Scottish Certificate of Education, 1962
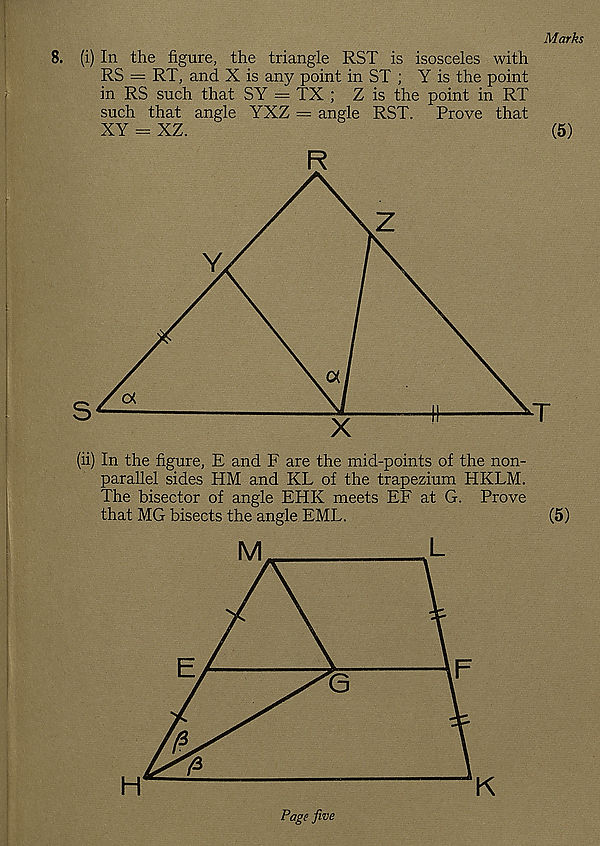
Marks
8. (i) In the figure, the triangle RST is isosceles with
RS — RT, and X is any point in ST ; Y is the point
in RS such that SY = TX ; Z is the point in RT
such that angle YXZ = angle RST.
Prove that
XY - XZ.
(5)
R
(ii) In the figure, E and F are the mid-points of the non-
parallel sides HM and KL of the trapezium HKLM.
The bisector of angle EHK meets EE at G. Prove
that MG bisects the angle EML.
(5)